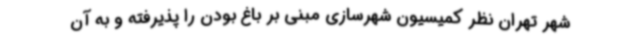
شهر تهران نظر کمیسیون شهرسازی مبنی بر باغ بودن را پذیرفته و به آن